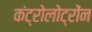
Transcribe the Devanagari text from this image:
कंट्रोलोट्रोंन